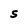
Character: S